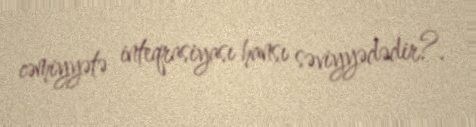
cəmiyyətə inteqrasiyası hansı səviyyədədir?.